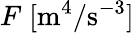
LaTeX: F\; [\textrm{m}^{4}/\textrm{s}^{-3}]